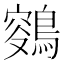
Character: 𪂸